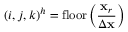
( i , j , k ) ^ { h } = \mathrm { f l o o r } \left( \frac { \mathbf { x } _ { r } } { \Delta \mathbf { x } } \right)